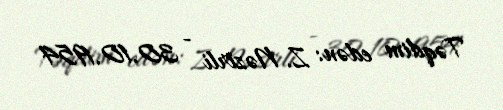
Təqdim edən: Z. Nəzirli - 30.10.1954